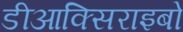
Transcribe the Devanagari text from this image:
डीआक्सिराइबो